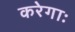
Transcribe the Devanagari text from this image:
करेगाः